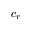
c _ { r }